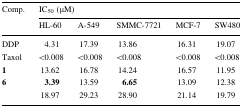
<table><thead><tr><td rowspan="2"><b>Comp.</b></td><td colspan="5"><b>IC<sub>50</sub> (μM)</b></td></tr><tr><td><b>HL-60</b></td><td><b>A-549</b></td><td><b>SMMC-7721</b></td><td><b>MCF-7</b></td><td><b>SW480</b></td></tr></thead><tbody><tr><td>DDP</td><td>4.31</td><td>17.39</td><td>13.86</td><td>16.31</td><td>19.07</td></tr><tr><td>Taxol</td><td>&lt;0.008</td><td>&lt;0.008</td><td>&lt;0.008</td><td>&lt;0.008</td><td>&lt;0.008</td></tr><tr><td><b>1</b></td><td>13.62</td><td>16.78</td><td>14.24</td><td>16.57</td><td>11.95</td></tr><tr><td><b>6</b></td><td><b>3.39</b></td><td>13.59</td><td><b>6.65</b></td><td>13.09</td><td>12.38</td></tr><tr><td></td><td>18.97</td><td>29.23</td><td>28.90</td><td>21.14</td><td>19.79</td></tr></tbody></table>